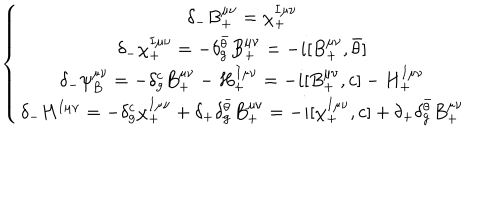
\left\{ \begin{array} { c } { { \delta _ { - } B _ { + } ^ { \mu \nu } = \chi _ { + } ^ { I \mu \nu } } } \\ { { \delta _ { - } \chi _ { + } ^ { I \mu \nu } = - \delta _ { g } ^ { \bar { \theta } } B _ { + } ^ { \mu \nu } = - i [ B _ { + } ^ { \mu \nu } , { \bar { \theta } } ] } } \\ { { \delta _ { - } \psi _ { B } ^ { \mu \nu } = - \delta _ { g } ^ { c } B _ { + } ^ { \mu \nu } - H _ { + } ^ { I \mu \nu } = - i [ B _ { + } ^ { \mu \nu } , c ] - H _ { + } ^ { I \mu \nu } } } \\ { { \delta _ { - } H ^ { I \mu \nu } = - \delta _ { g } ^ { c } \chi _ { + } ^ { I \mu \nu } + \delta _ { + } \delta _ { g } ^ { \bar { \theta } } B _ { + } ^ { \mu \nu } = - i [ \chi _ { + } ^ { I \mu \nu } , c ] + \delta _ { + } \delta _ { g } ^ { \bar { \theta } } B _ { + } ^ { \mu \nu } } } \\ \end{array} \right.